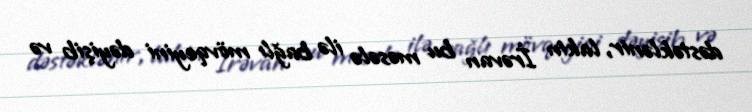
dəstəklənir, lakin İrəvan bu məsələ ilə bağlı mövqeyini dəyişib və